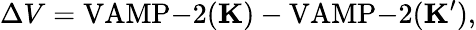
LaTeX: \Delta V=\mathrm{VAMP-}2(\mathbf{K})-\mathrm{VAMP-}2(\mathbf{K}^{\prime}),